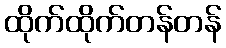
ထိုက်ထိုက်တန်တန်